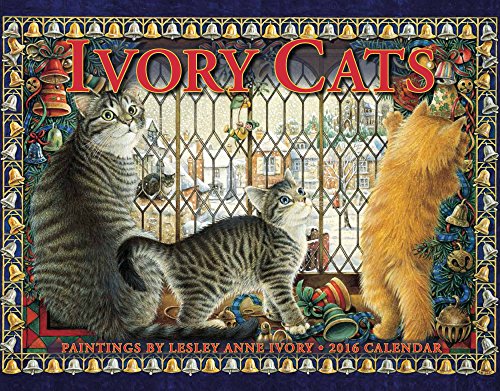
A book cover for Ivory Cats 2016 Calendar 11x14; Lesley Anne Ivory; Calendars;